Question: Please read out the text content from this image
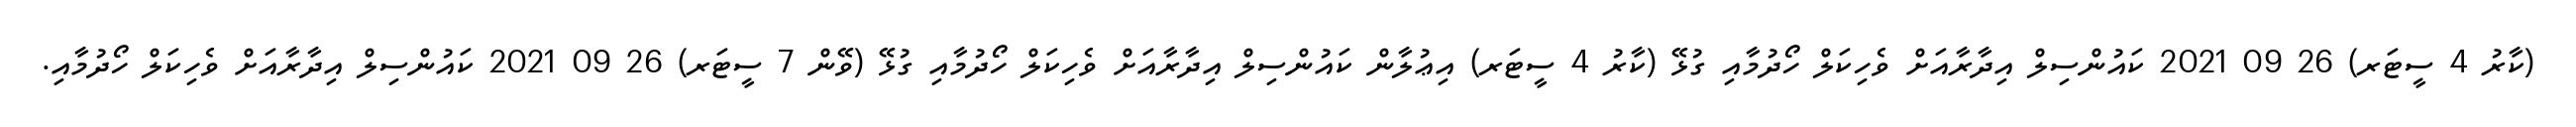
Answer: (ކާރު 4 ސީޓަރ) 26 09 2021 ކައުންސިލް އިދާރާއަށް ވެހިކަލް ހޯދުމާއި ގުޅޭ (ކާރު 4 ސީޓަރ) އިޢުލާން ކައުންސިލް އިދާރާއަށް ވެހިކަލް ހޯދުމާއި ގުޅޭ (ވޭން 7 ސީޓަރ) 26 09 2021 ކައުންސިލް އިދާރާއަށް ވެހިކަލް ހޯދުމާއި.